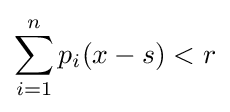
\sum _{i=1}^{n}p_{i}(x-s)<r